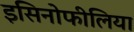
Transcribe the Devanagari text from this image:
इसिनोफीलिया